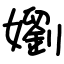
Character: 嬼